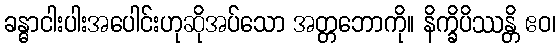
ခန္ဓာငါးပါးအပေါင်းဟုဆိုအပ်သော အတ္တဘောကို။ နိက္ခိပိဿန္တိ ဧဝ၊